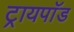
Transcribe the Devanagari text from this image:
ट्रायपाॅड